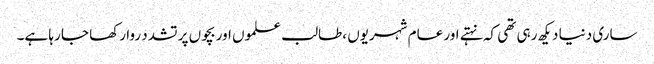
ساری دنیا دیکھ رہی تھی کہ نہتے اور عام شہریوں ،طالب علموں اور بچوں پر تشدد روا رکھا جا رہا ہے۔